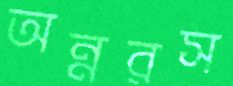
অন্নরস